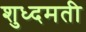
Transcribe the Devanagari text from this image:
शुध्दमती